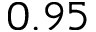
0 . 9 5